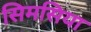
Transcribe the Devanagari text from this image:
सिमसिया